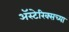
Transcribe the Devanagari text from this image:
अॅस्टेरिक्सच्या